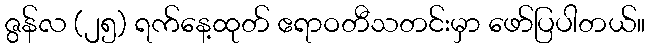
ဇွန်လ (၂၅) ရက်နေ့ထုတ် ဧရာဝတီသတင်းမှာ ဖော်ပြပါတယ်။